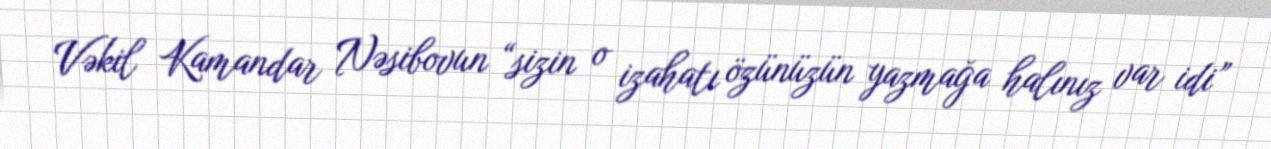
Vəkil Kamandar Nəsibovun “sizin o izahatı özünüzün yazmağa halınız var idi”